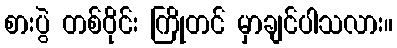
စားပွဲ တစ်ဝိုင်း ကြိုတင် မှာချင်ပါသလား။